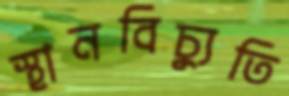
স্থানবিচ্যুতি